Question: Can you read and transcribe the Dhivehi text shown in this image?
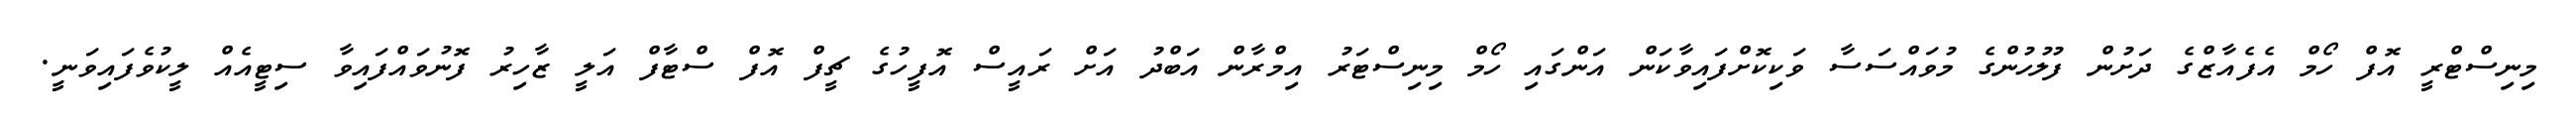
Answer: މިނިސްޓްރީ އޮފް ހޯމް އެފެއާޒްގެ ދަށުން ފުލުހުންގެ މުވައްސަސާ ވަކިކޮށްފައިވާކަން އަންގައި ހޯމް މިނިސްޓަރު އިމްރާން އަބްދު އަށް ރައީސް އޮފީހުގެ ޗީފް އޮފް ސްޓާފް އަލީ ޒާހިރު ފޮނުވައްފައިވާ ސިޓީއެއް ލީކުވެފައިވަނީ.